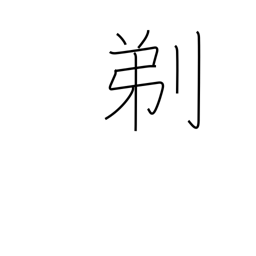
Meaning: shave